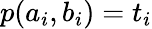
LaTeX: p(a_{i},b_{i})=t_{i}